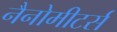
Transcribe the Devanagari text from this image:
नैनोमीटर्स